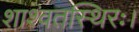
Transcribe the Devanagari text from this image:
शाश्वतस्थिरः।